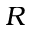
R